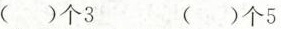
（）个3 （）个5